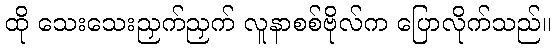
ထို သေးသေးညှက်ညှက် လူနာစစ်ဗိုလ်က ပြောလိုက်သည်။